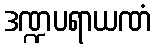
ဒဏ္ဍပရာယဏံ